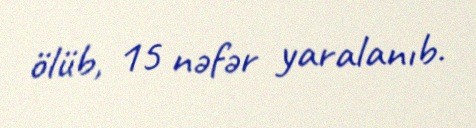
ölüb, 15 nəfər yaralanıb.